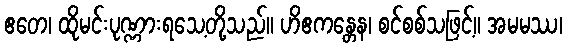
ဧတေ၊ ထိုမင်းပုဏ္ဏားရသေ့တို့သည်။ ဟိဧကန္တေန၊ စင်စစ်သဖြင့်။ အမမဿ၊